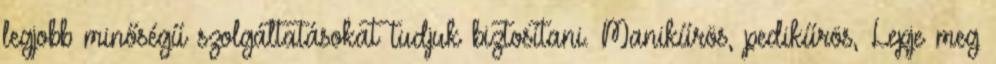
legjobb minőségű szolgáltatásokat tudjuk biztosítani. Manikűrös, pedikűrös, Lepje meg